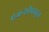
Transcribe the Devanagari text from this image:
एजन्सीपासून